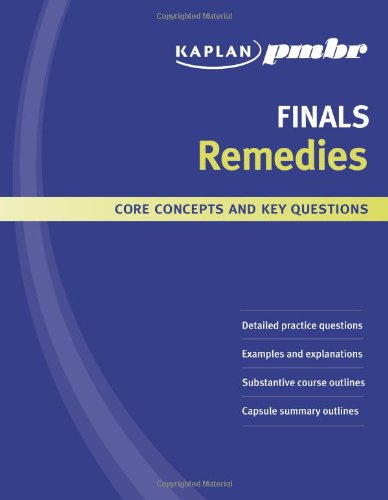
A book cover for Kaplan PMBR FINALS: Remedies: Core Concepts and Key Questions; Kaplan PMBR; Law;